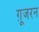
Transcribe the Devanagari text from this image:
ग़ूजरन